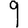
Digit: 9